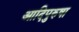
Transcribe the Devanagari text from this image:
आदिपुरुषा